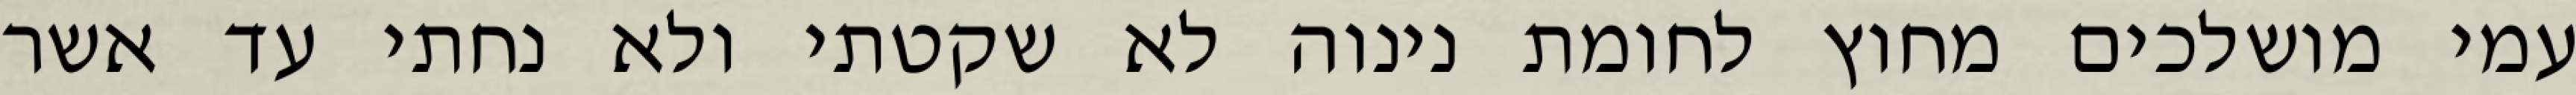
עמי מושלכים מחוץ לחומת נינוה לא שקטתי ולא נחתי עד אשר